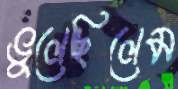
ভুলেছিলেম